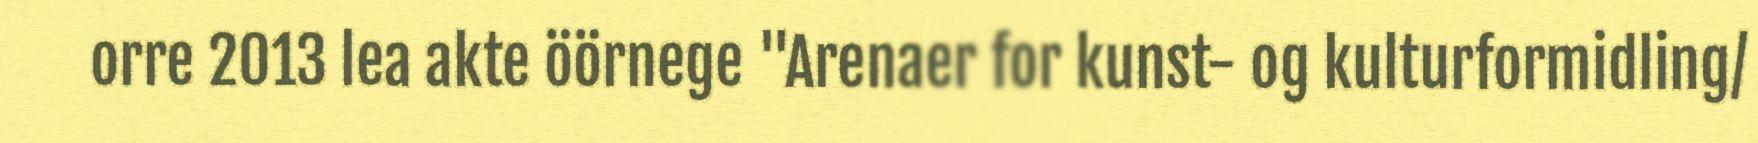
orre 2013 lea akte öörnege "Arenaer for kunst- og kulturformidling/